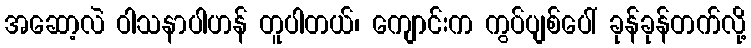
အဆော့လဲ ဝါသနာပါဟန် တူပါတယ်၊ ကျောင်းက ကွပ်ပျစ်ပေါ် ခုန်ခုန်တက်လို့